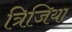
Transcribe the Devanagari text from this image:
त्रिजिया